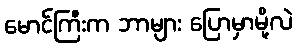
မောင်ကြီးက ဘာများ ပြောမှာမို့လဲ